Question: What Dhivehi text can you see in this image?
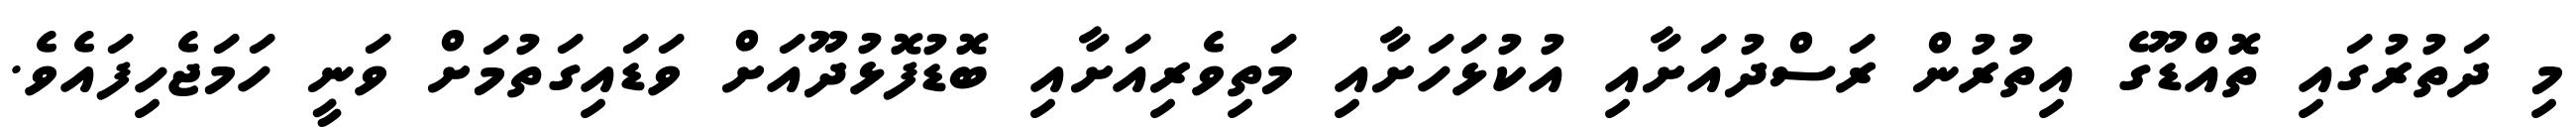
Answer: މި ދަތުރުގައި ތޮއްޑޫގެ އިތުރުން ރަސްދުއަށާއި އުކުޅަހަށާއި މަތިވެރިއަށާއި ބޮޑުފޮޅުދޫއަށް ވަޑައިގަތުމަށް ވަނީ ހަމަޖެހިފައެވެ.